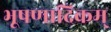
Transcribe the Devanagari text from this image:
भूषणादिकम्